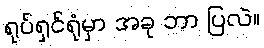
ရုပ်ရှင်ရုံမှာ အခု ဘာ ပြလဲ။